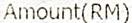
AMOUNT(RM)